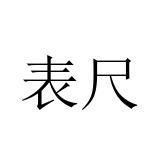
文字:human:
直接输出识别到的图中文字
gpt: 表尺